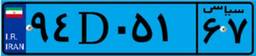
۴۴D۲۷۰۲۸